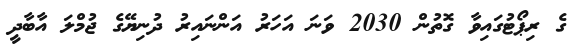
ގެ ރިޕޯޓުގައިވާ ގޮތުން 2030 ވަނަ އަހަރު އަންނައިރު ދުނިޔޭގެ ޖުމްލަ އާބާދީ